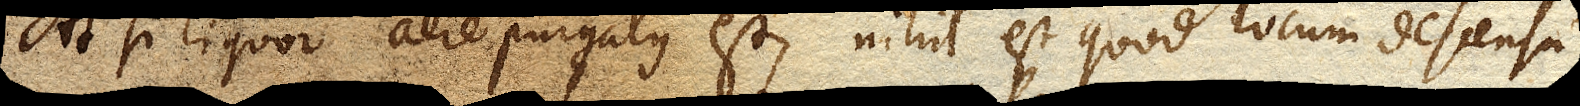
At si liquor aere purgatus est, nihil est quod locum descensu